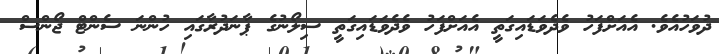
ދުވަހުއެވެ. އެއަށްފަހު ވެދެވަޑައިގަތީ އެއަށްފަހު ވެދެވަޑައިގަތީ ސިލޯނުގެ ޕާނަދުރާގައި ހުންނަ ސެންޓް ޖޯންސް